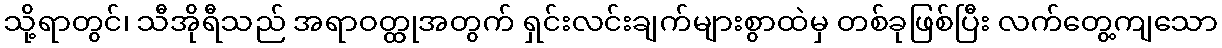
သို့ရာတွင်၊ သီအိုရီသည် အရာဝတ္ထုအတွက် ရှင်းလင်းချက်များစွာထဲမှ တစ်ခုဖြစ်ပြီး လက်တွေ့ကျသော